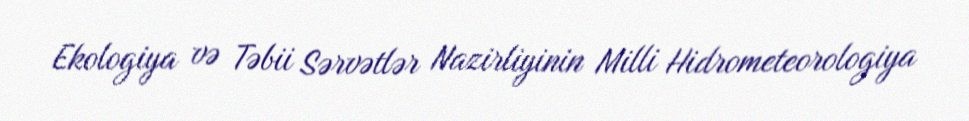
Ekologiya və Təbii Sərvətlər Nazirliyinin Milli Hidrometeorologiya